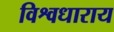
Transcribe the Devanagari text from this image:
विश्वधाराय